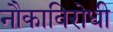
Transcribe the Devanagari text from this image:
नौकाविरोधी